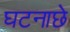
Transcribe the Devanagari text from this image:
घटनाछे